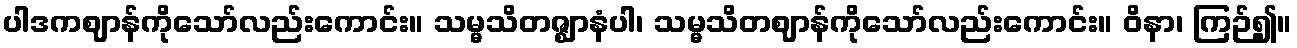
ပါဒကဈာန်ကိုသော်လည်းကောင်း။ သမ္မသိတဇ္ဈာနံပါ၊ သမ္မသိတဈာန်ကိုသော်လည်းကောင်း။ ဝိနာ၊ ကြဉ်၍။